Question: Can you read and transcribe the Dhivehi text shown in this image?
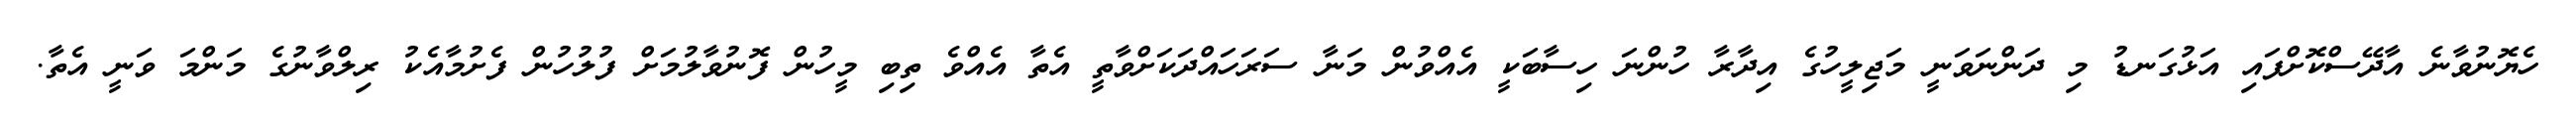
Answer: ހެޔޮނުވާނެ އާދޭސްކޮށްފައި އަޅުގަނޑު މި ދަންނަވަނީ މަޖިލީހުގެ އިދާރާ ހުންނަ ހިސާބަކީ އެއްވުން މަނާ ސަރަހައްދަކަށްވާތީ އެތާ އެއްވެ ތިބި މީހުން ފޮނުވާލުމަށް ފުލުހުން ފެށުމާއެކު ރިލްވާނުގެ މަންމަ ވަނީ އެތާ.